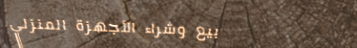
بيع وشراء الأجهزة المنزلي